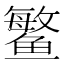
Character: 鳘